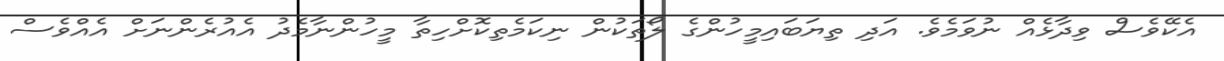
އެކޭވެސް ވިދާޅެއް ނުވަމެވެ. އަދި ތިޔަބައިމީހުންގެ ލޯތަކުން ނިކަމެތިކޮށްހިތާ މީހުންނާމެދު އެއުރެންނަށް އެއްވެސް